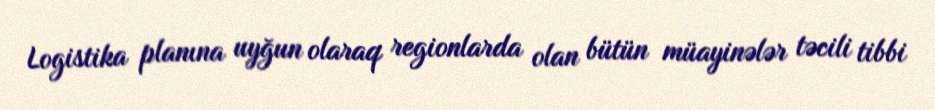
Logistika planına uyğun olaraq regionlarda olan bütün müayinələr təcili tibbi